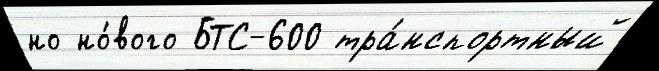
но но́вого БТС-600 тра́нспортный